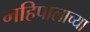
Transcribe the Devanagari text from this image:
महिपालाच्या